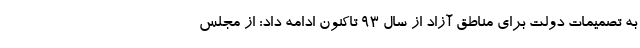
به تصمیمات دولت برای مناطق آزاد از سال ۹۳ تاکنون ادامه داد: از مجلس